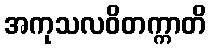
အကုသလဝိတက္ကာတိ